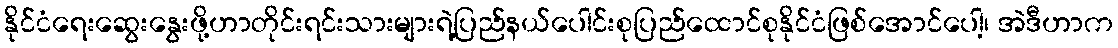
နိုင်ငံရေးဆွေးနွေးဖို့ဟာတိုင်းရင်းသားများရဲ့ပြည်နယ်ပေါင်းစုပြည်ထောင်စုနိုင်ငံဖြစ်အောင်ပေါ့၊ အဲဒီဟာက